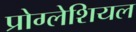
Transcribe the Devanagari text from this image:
प्रोग्लेशियल